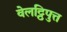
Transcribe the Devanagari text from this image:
वेलट्ठिपुत्त